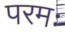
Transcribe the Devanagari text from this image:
परमः